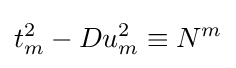
t_{m}^{2}-Du_{m}^{2}\equiv N^{m}